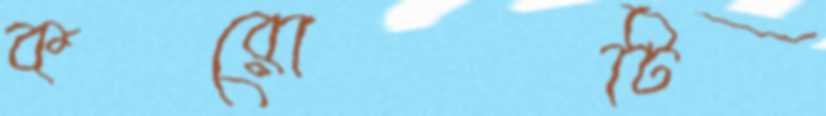
করোটি